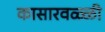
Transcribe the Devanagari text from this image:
कासारवळ्ळी